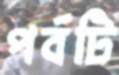
পর্বটি